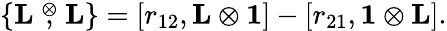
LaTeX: \{ \mathrm{{\mathbf L}}\stackrel{\otimes}{,}\mathrm{{\mathbf L}}\} =\left[r_{12},\mathrm{{\mathbf L}}\otimes\mathrm{{\mathbf 1}}\right]-\left[r_{21},\mathrm{{\mathbf 1}}\otimes\mathrm{{\mathbf L}}\right].